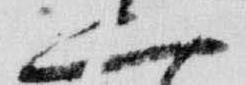
二